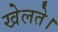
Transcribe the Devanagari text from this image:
खेलते।